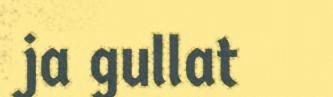
ja gullat